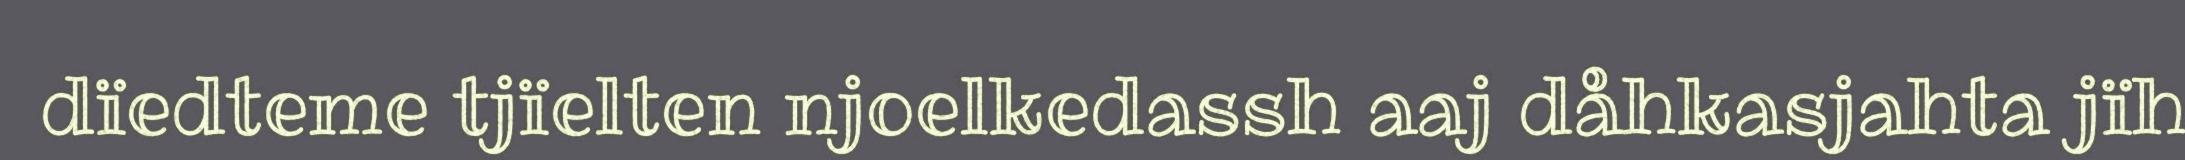
dïedteme tjïelten njoelkedassh aaj dåhkasjahta jïh